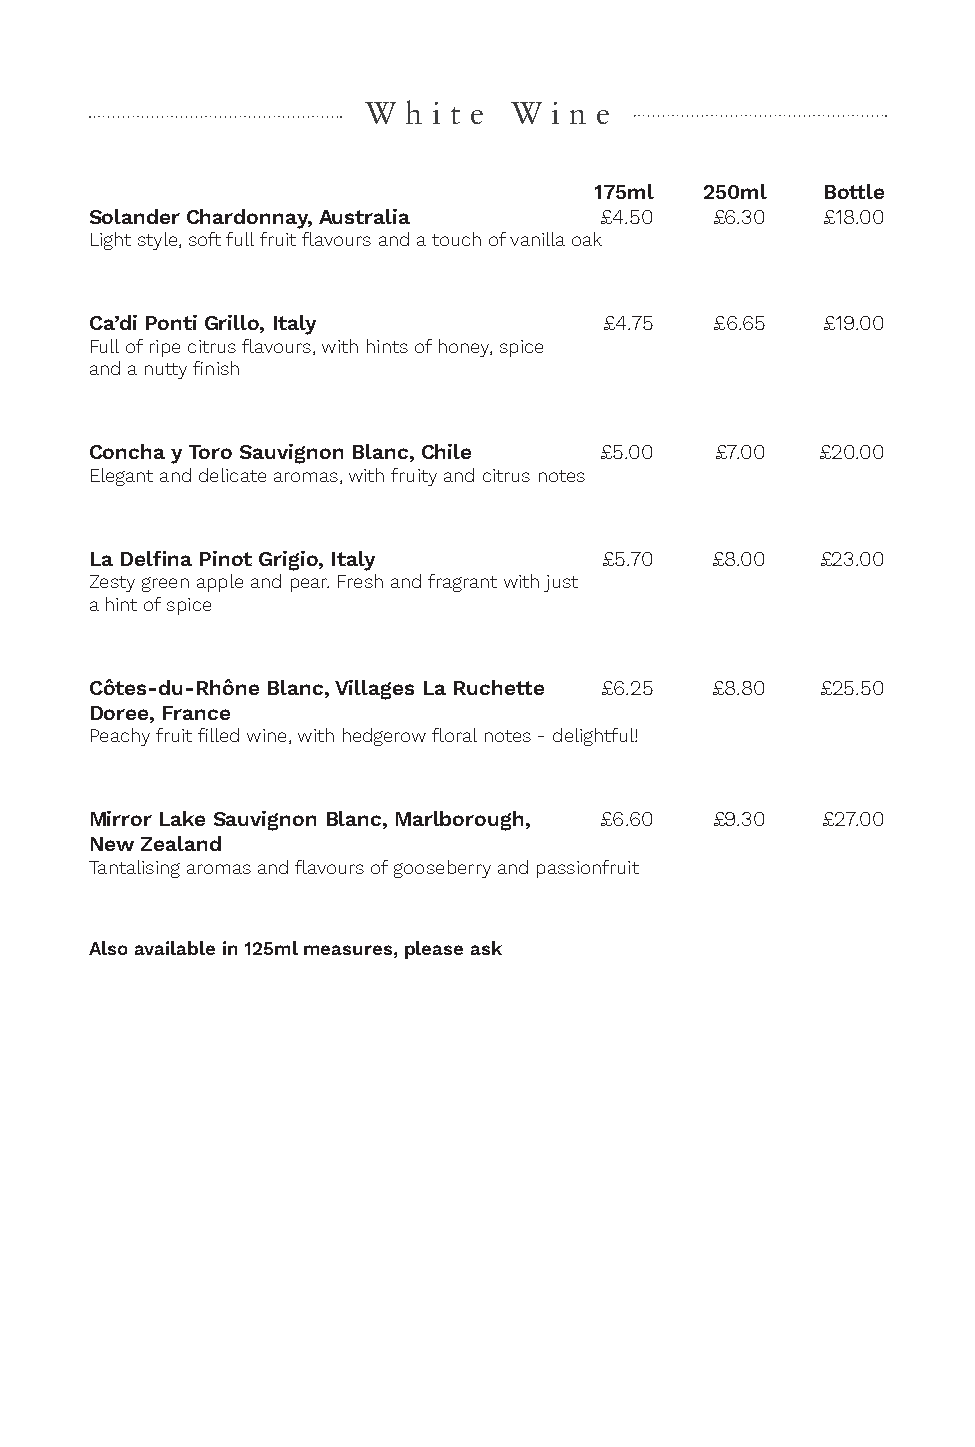
W  h i t e W i n e
 175ml  250ml   Bottle
 Solander Chardonnay, Australia    £4.50  £6.30  £18.00
 Light style, soft full fruit flavours and a touch of vanilla oak
 Ca’di Ponti Grillo, Italy         £4.75  £6.65  £19.00
 Full of ripe citrus flavours, with hints of honey, spice
 and a nutty finish
 Concha y Toro Sauvignon Blanc, Chile £5.00 £7.00 £20.00
 Elegant and delicate aromas, with fruity and citrus notes
 La Delfina Pinot Grigio, Italy    £5.70  £8.00  £23.00
 Zesty green apple and pear. Fresh and fragrant with just
 a hint of spice
 Côtes-du-Rhône Blanc, Villages La Ruchette £6.25 £8.80 £25.50
 Doree, France
 Peachy fruit filled wine, with hedgerow floral notes - delightful!
 Mirror Lake Sauvignon Blanc, Marlborough, £6.60 £9.30 £27.00
 New Zealand
 Tantalising aromas and flavours of gooseberry and passionfruit
 Also available in 125ml measures, please ask